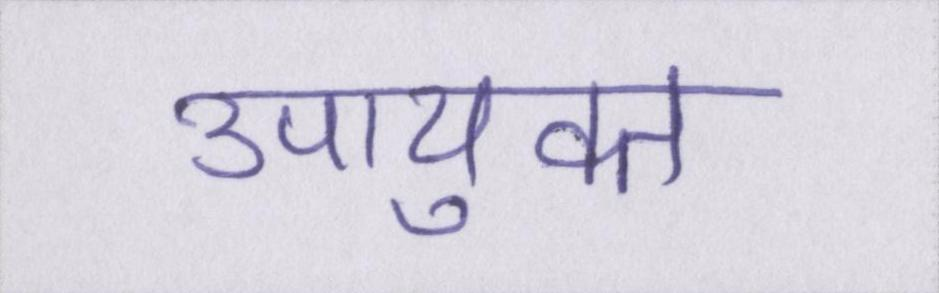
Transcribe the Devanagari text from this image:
उपायुक्त